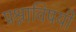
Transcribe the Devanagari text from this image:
प्रश्नाविषयी